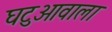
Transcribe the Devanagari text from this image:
घटुआवाला